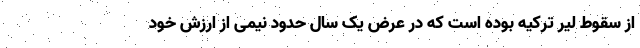
از سقوط لیر ترکیه بوده است که در عرض یک سال حدود نیمی از ارزش خود